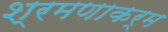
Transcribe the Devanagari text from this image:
श्रमणाकर्म